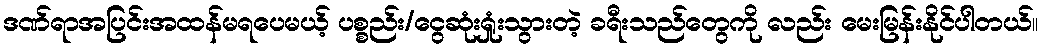
ဒဏ်ရာအပြင်းအထန်မရပေမယ့် ပစ္စည်း/ငွေဆုံးရှုံးသွားတဲ့ ခရီးသည်တွေကို လည်း မေးမြန်းနိုင်ပါတယ်။